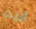
أبيت